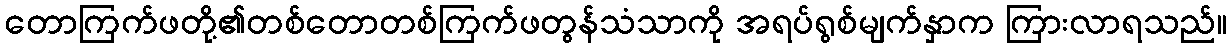
တောကြက်ဖတို့၏တစ်တောတစ်ကြက်ဖတွန်သံသာကို အရပ်ရွစ်မျက်နှာက ကြားလာရသည်။